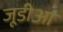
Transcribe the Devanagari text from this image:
जूडीआ